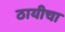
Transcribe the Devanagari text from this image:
ठायीचा